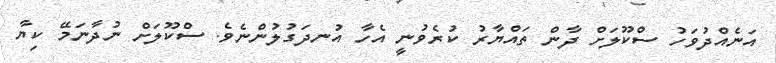
އަނެއްދުވަހު ސްކޫލަށް ދާން ތައްޔާރު ކުރެވުނީ އެހާ އުނދަގުލުންނެވެ. ސްކޫލަށް ނުދާނަމޭ ކިޔާ